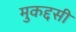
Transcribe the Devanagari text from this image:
मुकद्दसी